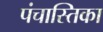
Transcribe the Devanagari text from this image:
पंचास्तिका